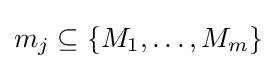
m_{j}\subseteq \{M_{1},\dots ,M_{m}\}